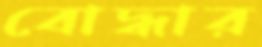
বোদ্ধার